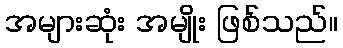
အများဆုံး အမျိုး ဖြစ်သည်။